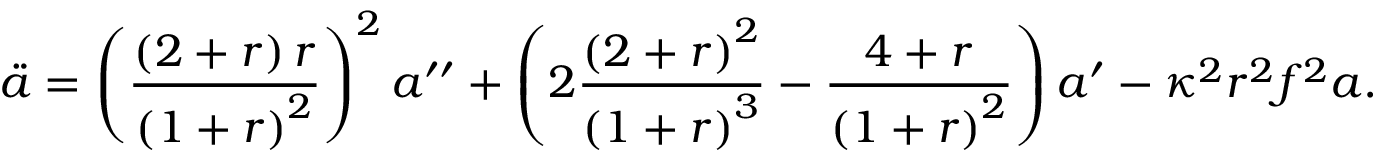
\ddot { a } = \left( \frac { \left( 2 + r \right) r } { \left( 1 + r \right) ^ { 2 } } \right) ^ { 2 } a ^ { \prime \prime } + \left( 2 \frac { \left( 2 + r \right) ^ { 2 } } { \left( 1 + r \right) ^ { 3 } } - \frac { 4 + r } { \left( 1 + r \right) ^ { 2 } } \right) a ^ { \prime } - \kappa ^ { 2 } r ^ { 2 } f ^ { 2 } a .